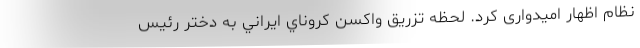
نظام اظهار امیدواری کرد. لحظه تزریق واکسن کروناي ايراني به دختر رئیس